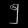
Digit: ၅